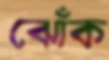
ঝোঁক